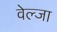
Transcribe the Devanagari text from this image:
वेल्जा